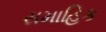
સમાહિક